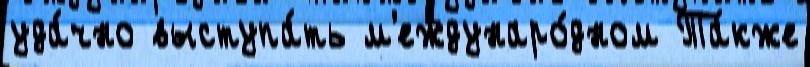
уда́чно выступа́ть м'еждунаро́дном Та́кже